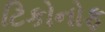
ટિકોનોફ